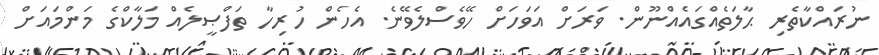
ނުރައްކާތެރި ޙާލަތެއްގައެއްނޫން. ވަރަށް އަވަހަށް ހޭވެސްލެވޭނެ. އެހެން ހުރިހާ ތަފްޞީލެއް މަލާކްގެ މަންމައަށް